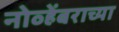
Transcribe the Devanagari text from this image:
नोव्हेंबराच्या